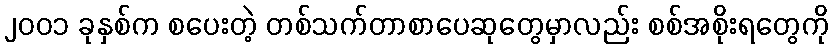
၂၀၀၁ ခုနှစ်က စပေးတဲ့ တစ်သက်တာစာပေဆုတွေမှာလည်း စစ်အစိုးရတွေကို